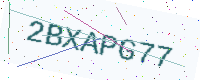
Text: 2BXAPG77